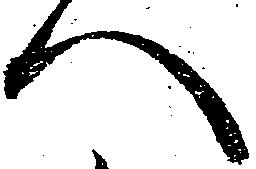
へ